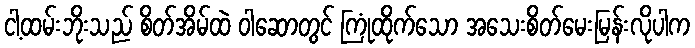
ငါ့ထမ်းဘိုးသည် စိတ်အိမ်ထဲ ဝါဆောတွင် ကြုံထိုက်သော အသေးစိတ်မေးမြန်းလိုပါက